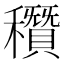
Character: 𥣶